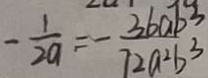
- \frac { 1 } { 2 a } = - \frac { 3 6 a b ^ { 3 } } { 7 2 a ^ { 2 } b ^ { 3 } }